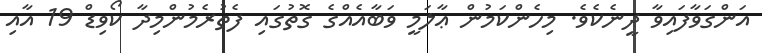
އަންގަވާފައިވާ ދީނެކެވެ. މިހެންކަމުން ޢާލަމީ ވަބާއެއްގެ ގޮތުގައި ފެތުރެމުންމިދާ ކޯވިޑް 19 އާއި